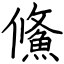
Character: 鯈